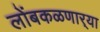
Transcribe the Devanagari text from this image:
लोंबकळणार्‍या